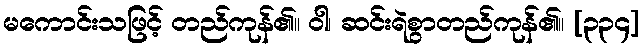
မကောင်းသဖြင့် တည်ကုန်၏။ ဝါ၊ ဆင်းရဲစွာတည်ကုန်၏။ [၃၃၄]